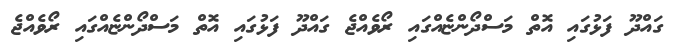
ގައްދޫ ފަޅުގައި އޮތް މަސްދޯންޏެއްގައި ރޯވެއްޖެ ގައްދޫ ފަޅުގައި އޮތް މަސްދޯންޏެއްގައި ރޯވެއްޖެ